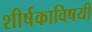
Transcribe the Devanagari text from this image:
शीर्षकाविषयी